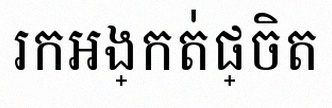
រកអង្កត់ផ្ចិត